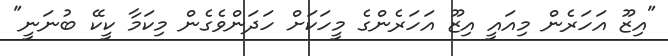
"އިޒޫ އަހަރެން މިއައީ އިޒޫ އަހަރެންގެ މީހަކަށް ހަދަންވެގެން މިކަމާ ކީކޭ ބުނަނީ"